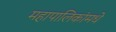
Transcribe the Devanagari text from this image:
महापालिकांमधे